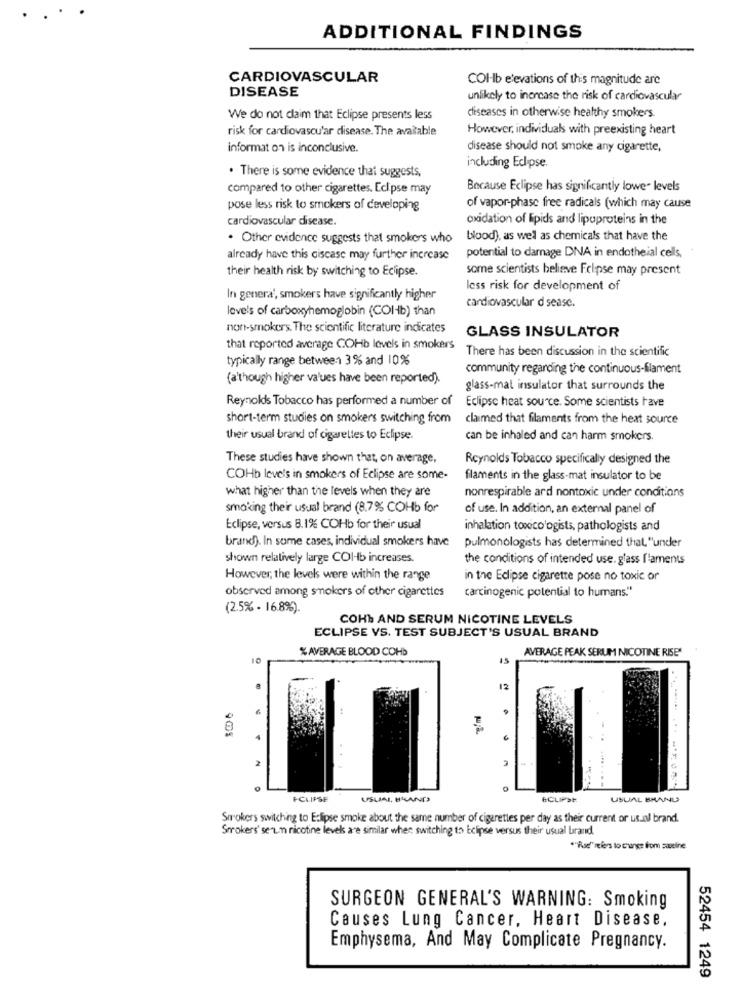
ADDITIONAL FINDINGS
CARDIOVASCULAR
COI-b elevations of this magnitude are
DISEASE
unlikely to increase the risk of cardiovascular
We do not claim that Eclipse presents less
diseases in otherwise healthy smokers
risk for cardiovascular disease. The available
However, individuals with preexisting heart
informat on is inconclusive.
disease should not smoke any cigarette,
. There is some evidence that suggests,
including Eclipse.
compared to other cigarettes. Eclipse may
Because Eclipse has significantly lower levels
pose less risk to smokers of developing
of vapor-phase free radicals (which may cause
cardiovascular disease.
oxidation of lipids and lipoproteins in the
. Other evidence suggests that smokers who
blood), as wel as chemicals that have the
already have this ciscase may further increase
potential to damage DNA in endotheial cells,
their health risk by switching to Eclipse.
some scientists believe Felipse may present
less risk for development of
In genera', smokers have significantly higher
levels of carboxyhemoglobin (COI-b) than
cardiovascular disease.
non-smokers. The scientific literature indicates
GLASS INSULATOR
that reported average COHb levels in smokers
There has been discussion in the scientific
typically range between 3% and 10%
community regarding the continuous-filament
(although higher values have been reported).
glass-mat insulator that surrounds the
Reynolds Tobacco has performed a number of
Eclipse heat source. Some scientists have
short-term studies on smokers switching from
claimed that filaments from the heat source
their usual brand of cigarettes to Eclipse.
can be inhaled and can harm smokers.
These studies have shown that, on average,
Reynolds Tobacco specifically designed the
COHb leve's in smokers of Eclipse are some-
filaments in the glass-mat insulator to be
what higher than the levels when they are
nonrespirable ard nontoxic under conditions
smoking their usual brand (8.7% COHb for
of use. In addition, an external panel of
Eclipse, versus 8.1% COHb for their usual
inhalation toxicologists, pathologists and
brand). In some cases, individual smokers have
pulmonologists has determined that, "under
shown relatively large COHb increases.
the conditions of intended use. glass Ilaments
However, the levels were within the range
in the Eclipse cigarette pose no toxic or
observed among smokers of other cigarettes
carcinogenic potential to humans."
(2.5% - 16.8%).
COHb AND SERUM NICOTINE LEVELS
ECLIPSE VS. TEST SUBJECT'S USUAL BRAND
% AVERAGE BLOOD COHb
AVERAGE PEAK SERUM NICOTINE RISE"
10
15
12
2
........
ECLIPSE
USUAL. BLAND
ECLIPSE
USUAL BRAND
Strokers switching to Eclipse smoke about the same number of cigarettes per day as their current or usual brand.
Smokers'se .n nicotine levels are similar when switching to Eclipse versus their usual brand.
*"Rue" refers to change from zueine
SURGEON GENERAL'S WARNING: Smoking
Causes Lung Cancer, Heart Disease.
Emphysema, And May Complicate Pregnancy.
52454 1249